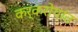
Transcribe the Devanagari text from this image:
कर्करोगांत